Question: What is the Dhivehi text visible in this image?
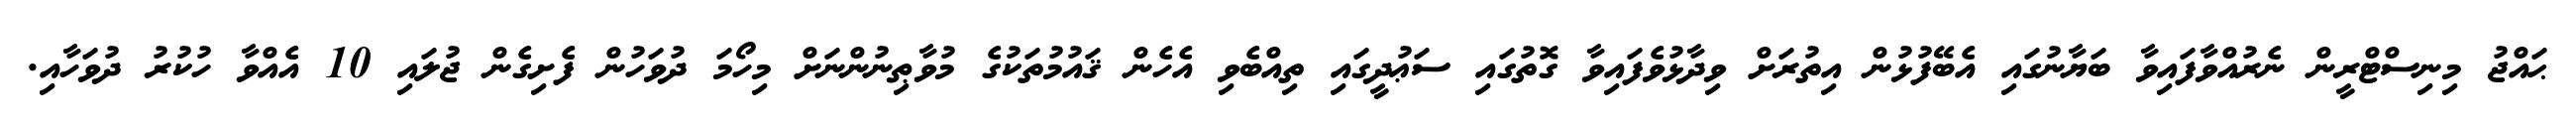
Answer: ޙައްޖު މިނިސްޓްރީން ނެރުއްވާފައިވާ ބަޔާނުގައި އެބޭފުޅުން އިތުރަށް ވިދާޅުވެފައިވާ ގޮތުގައި ސަޢުދީގައި ތިއްބެވި އެހެން ޤައުމުތަކުގެ މުވާޠިނުންނަށް މިހޯމަ ދުވަހުން ފެށިގެން ޖުލައި 10 އެއްވާ ހުކުރު ދުވަހާއި.